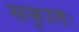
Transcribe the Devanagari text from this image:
सकृतिः